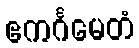
ဧကင်္ဂမေတံ